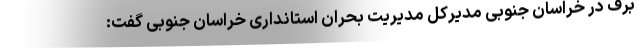
برف در خراسان جنوبی مدیرکل مدیریت بحران استانداری خراسان جنوبی گفت: